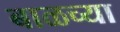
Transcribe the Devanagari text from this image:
बाळच्या